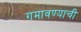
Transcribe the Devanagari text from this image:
गमावण्याची